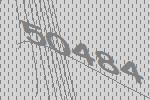
50484